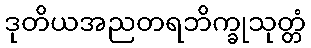
ဒုတိယအညတရဘိက္ခုသုတ္တံ